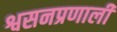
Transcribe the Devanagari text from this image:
श्वसनप्रणाली